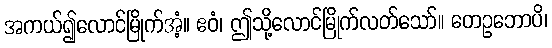
အကယ်၍လောင်မြိုက်အံ့။ ဧဝံ၊ ဤသို့လောင်မြိုက်လတ်သော်။ တေဥဘောပိ၊